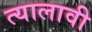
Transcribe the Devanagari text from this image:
त्यालावी